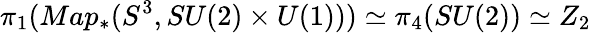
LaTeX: \pi_{1}(Map_{\ast}(S^{3},SU(2)\times U(1)))\simeq\pi_{4}(SU(2))\simeq Z_{2}